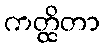
ကတ္ထိတာ